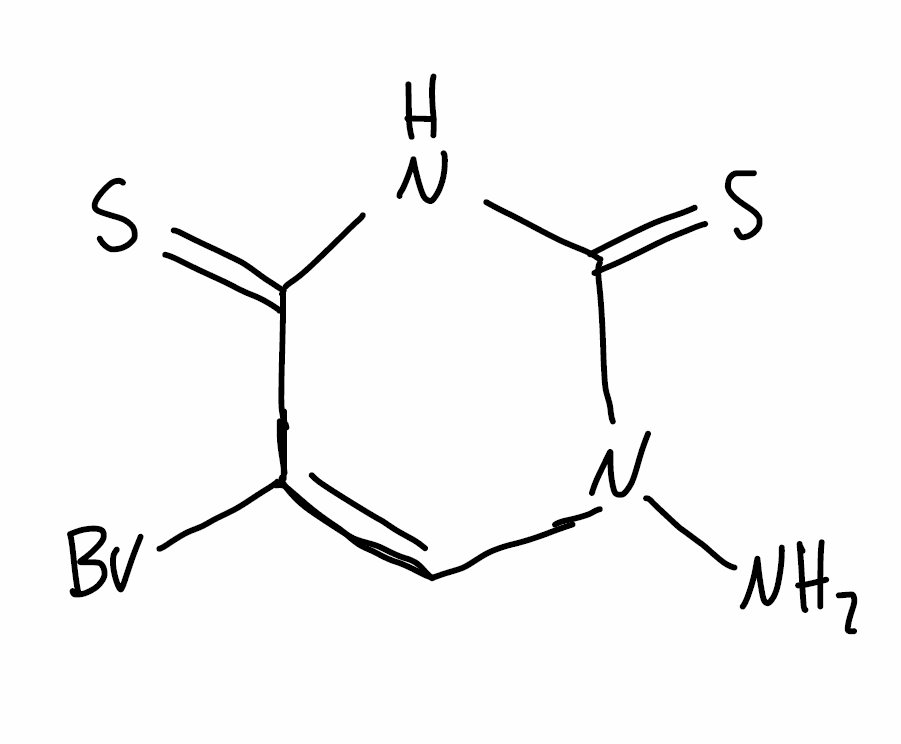
Simplified molecular-input line-entry system (SMILES) notation of the given molecule:
C1=C(C(=S)NC(=S)N1N)Br